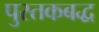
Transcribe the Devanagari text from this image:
पुस्तकबद्ध